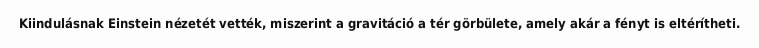
Kiindulásnak Einstein nézetét vették, miszerint a gravitáció a tér görbülete, amely akár a fényt is eltérítheti.